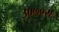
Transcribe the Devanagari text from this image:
३०७०२६